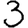
Digit: 3